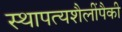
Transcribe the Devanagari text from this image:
स्थापत्यशैलींपैकी